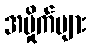
အမှိုက်များ